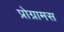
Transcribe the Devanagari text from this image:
प्रोग्रामस